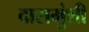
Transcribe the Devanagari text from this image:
दासमुंशी